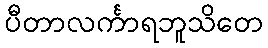
ပီတာလင်္ကာရဘူသိတေ